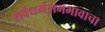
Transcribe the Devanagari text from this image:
सर्वधर्मसमभावाचा